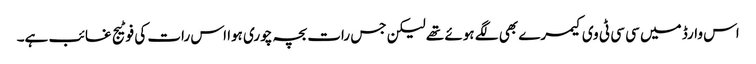
اس وارڈ میں سی سی ٹی وی کیمرے بھی لگے ہوئے تھے لیکن جس رات بچہ چوری ہوا اس رات کی فوٹیج غائب ہے۔